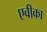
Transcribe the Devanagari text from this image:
एवीका